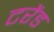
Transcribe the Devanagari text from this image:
टरेंड